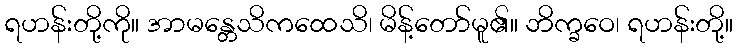
ရဟန်းတို့ကို။ အာမန္တေသိကထေသိ၊ မိန့်တော်မူ၏။ ဘိက္ခဝေ၊ ရဟန်းတို့။